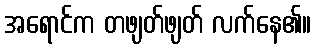
အရောင်က တဖျတ်ဖျတ် လက်နေ၏။